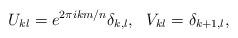
LaTeX: \begin{align*}U_{kl} = e^{2\pi i k m/n} \delta_{k,l},~~ V_{kl} = \delta_{k+1,l},\end{align*}